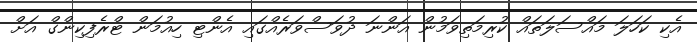
އެކި ކަހަލަ މައްސަލަތައް ކުރިމަތިވަމުން އަންނަ ދުވަސްވަރެއްގައި އެންޓި ހިއުމަން ޓްރެފިކިންގް އަށް